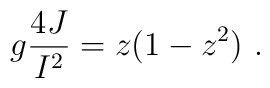
g {4 J \over I^2} = z (1 - z^2) \ .